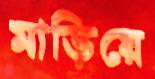
মাড়িয়ে